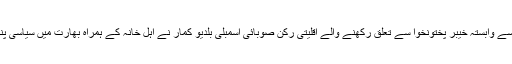
پاکستان تحریک انصاف سے وابستہ خیبر پختونخوا سے تعلق رکھنے والے اقلیتی رکن صوبائی اسمبلی بلدیو کمار نے اہل خانہ کے ہمراہ بھارت میں سیاسی پناہ کی درخواست دے دی۔